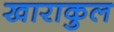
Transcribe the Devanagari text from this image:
खाराकुल